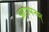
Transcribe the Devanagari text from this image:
आगमनम्